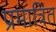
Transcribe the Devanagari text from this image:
प्रमात्रित